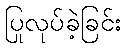
ပြုလုပ်ခဲ့ခြင်း